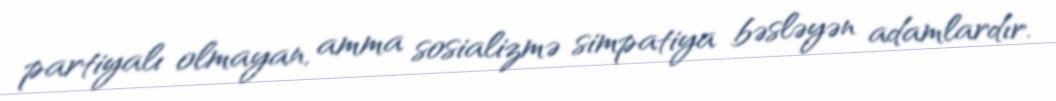
partiyalı olmayan, amma sosializmə simpatiya bəsləyən adamlardır.